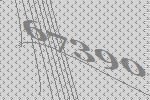
67390